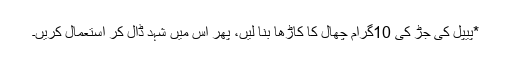
*پیپل کی جڑ کی 10گرام چھال کا کاڑھا بنا لیں، پھر اس میں شہد ڈال کر استعمال کریں۔